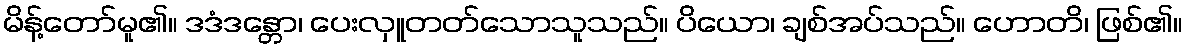
မိန့်တော်မူ၏။ ဒဒံဒန္တော၊ ပေးလှူတတ်သောသူသည်။ ပိယော၊ ချစ်အပ်သည်။ ဟောတိ၊ ဖြစ်၏။